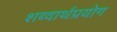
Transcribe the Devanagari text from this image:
शब्दार्थप्रयोग